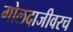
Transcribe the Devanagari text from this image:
गोलदाजीवरच